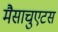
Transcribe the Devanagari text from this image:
मैसाचुएटस